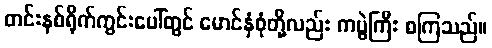
တင်းနစ်ရိုက်ကွင်းပေါ်တွင် မောင်နှံစုံတို့လည်း ကပွဲကြီး စကြသည်။